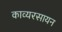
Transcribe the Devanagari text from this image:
काव्यरसायन